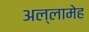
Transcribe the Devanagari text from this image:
अल्लामेह